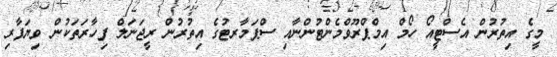
މީގެ އިތުރުން އެސްޓީއޯ ހޯމް އިމްޕްރޫވްމެންޓުންނާއި ސްޕަމާރޓުގެ އިތުރުން ރީޖަނަލް ފިހާރަތަކުން ވިޔަފާރި